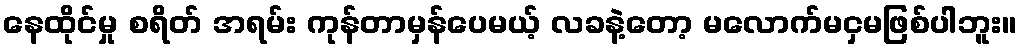
နေထိုင်မှု စရိတ် အရမ်း ကုန်တာမှန်ပေမယ့် လခနဲ့တော့ မလောက်မငှမဖြစ်ပါဘူး။